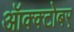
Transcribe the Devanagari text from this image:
ऑक्क्टोबर्